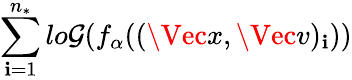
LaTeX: \sum_{\mathbf{i}=1}^{n_{*}}lo\mathcal{G}(f_{\alpha}((\Vec{x},\Vec{v})_{\mathbf{i}}))